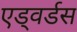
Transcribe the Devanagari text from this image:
एड्वर्डस